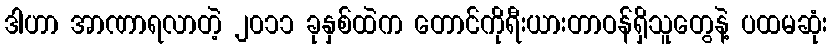
ဒါဟာ အာဏာရလာတဲ့ ၂၀၁၁ ခုနှစ်ထဲက တောင်ကိုရီးယားတာဝန်ရှိသူတွေနဲ့ ပထမဆုံး